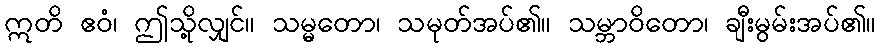
ဣတိ ဧဝံ၊ ဤသို့လျှင်။ သမ္မတော၊ သမုတ်အပ်၏။ သမ္ဘာဝိတော၊ ချီးမွမ်းအပ်၏။